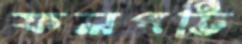
ফলপট্টি